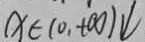
x \in ( 0 , + \infty ) \downarrow